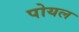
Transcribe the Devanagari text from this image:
पोयल